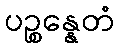
ပဉ္စန္နေတံ